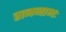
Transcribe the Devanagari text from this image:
रत्ननाभः